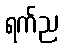
ရက်ည